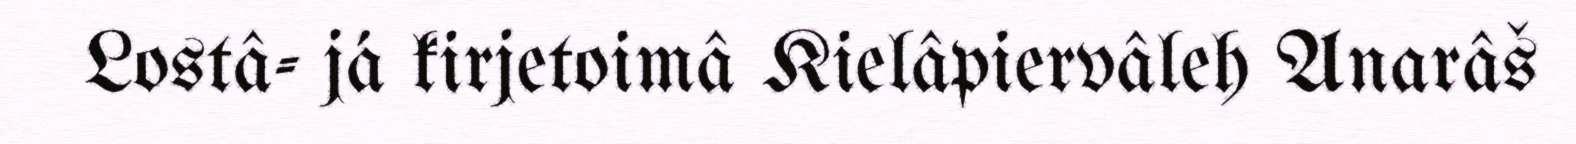
Lostâ- já kirjetoimâ Kielâpiervâleh Anarâš